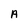
Character: A